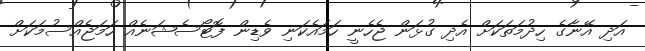
އަދި އޭނާގެ ހިދުމަތަކަށް އެދި ގުޅަން ޖެހެނީ ހަމައެކަނި ވެޑިން ފޮޓޯސެޝަނެއް ހަމަޖެއްސުމަކަށް